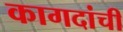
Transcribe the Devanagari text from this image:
कागदांची